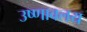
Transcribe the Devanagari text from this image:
उष्णावलय